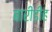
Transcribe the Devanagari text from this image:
बारीडीह